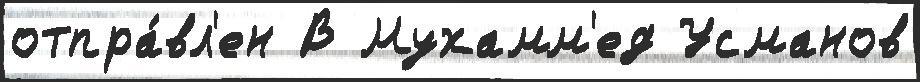
отпра́вл'ен В Мухамм'ед Усманов